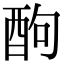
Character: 䣱